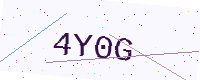
Text: 4Y0G